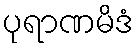
ပုရာဏမိဒံ